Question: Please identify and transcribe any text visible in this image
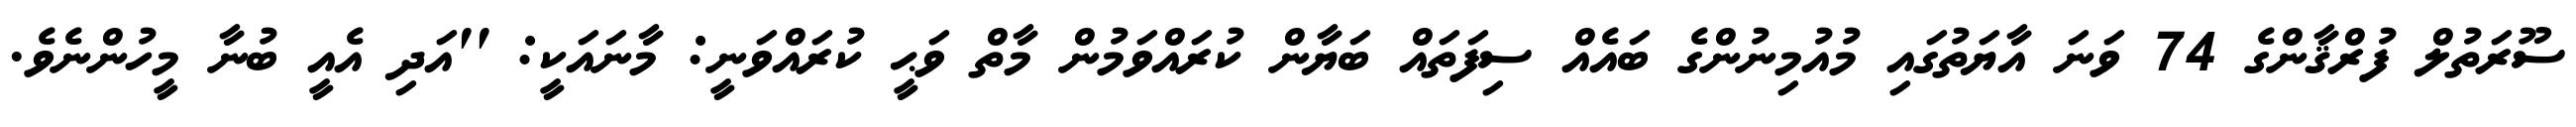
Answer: ސޫރަތުލް ފުރްޤާންގެ 74 ވަނަ އާޔަތުގައި މުއުމިނުންގެ ބައެއް ސިފަތައް ބަޔާން ކުރައްވަމުން މާތް ވަޙީ ކުރައްވަނީ: މާނައަކީ: ''އަދި އެއީ ބުނާ މީހުންނެވެ.